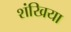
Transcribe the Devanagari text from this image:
शंखिया